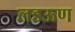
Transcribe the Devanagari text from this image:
लडऊण